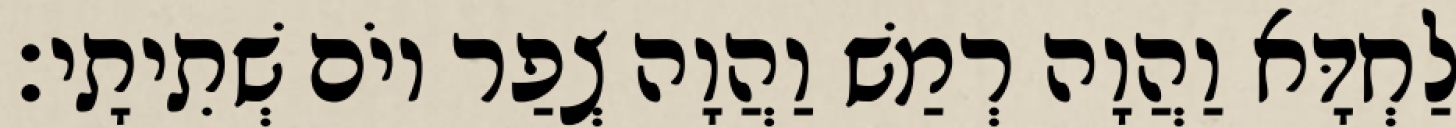
לַחְדָּא וַהֲוָה רְמַשׁ וַהֲוָה צְפַר יוֹם שְׁתִיתָי׃